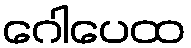
ဂေါပေထ